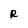
Character: R